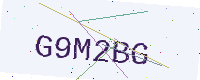
Text: G9M2BG